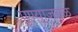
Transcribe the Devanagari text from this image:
पुण्या़जवळ